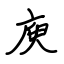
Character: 庾